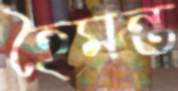
হৈমন্ত